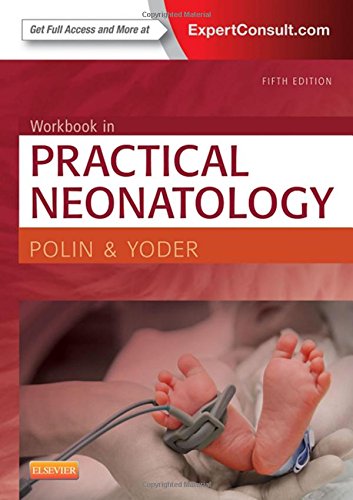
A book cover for Workbook in Practical Neonatology, 5e; Richard A. Polin MD; Medical Books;